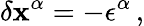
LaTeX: \delta\mathbf{x}^{\alpha}=-\epsilon^{\alpha}\, ,